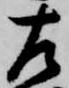
左